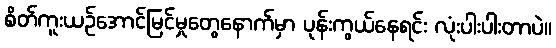
စိတ်ကူးယဉ်အောင်မြင်မှုတွေနောက်မှာ ပုန်းကွယ်နေရင်း လုံးပါးပါးတာပဲ။